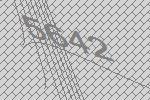
5642